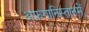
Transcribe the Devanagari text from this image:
अफ़गानिस्तानमें